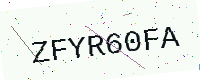
Text: ZFYR60FA